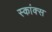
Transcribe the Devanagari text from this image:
स्कांक्स